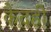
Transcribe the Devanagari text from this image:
कैदही